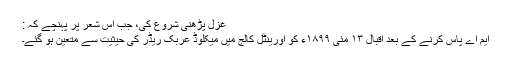
غزل پڑھنی شروع کی، جب اس شعر پر پہنچے کہ :
ایم اے پاس کرنے کے بعد اقبال ١٣ مئی ١٨٩٩ء کو اورینٹل کالج میں میکلوڈ عربک ریڈر کی حیثیت سے متعین ہو گئے۔